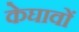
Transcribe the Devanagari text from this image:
केघावों